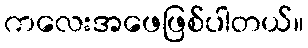
ကလေးအဖေဖြစ်ပါတယ်။